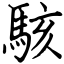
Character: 駭